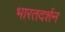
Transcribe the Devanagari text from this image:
भारतदर्शन